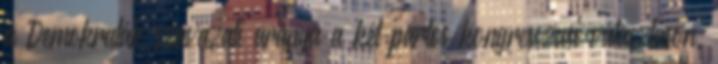
a Demokraták szavazati aránya a két pártos kongresszusi választáson.